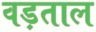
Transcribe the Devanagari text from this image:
वड़ताल